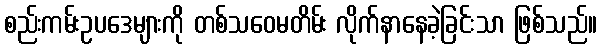
စည်းကမ်းဥပဒေများကို တစ်သဝေမတိမ်း လိုက်နာနေခဲ့ခြင်းသာ ဖြစ်သည်။